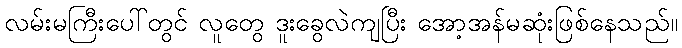
လမ်းမကြီးပေါ်တွင် လူတွေ ဒူးခွေလဲကျပြီး အော့အန်မဆုံးဖြစ်နေသည်။